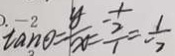
\tan \theta = \frac { y } { x } = \frac { - \frac { 1 } { 2 } } { 1 } = \frac { 1 } { - 2 }